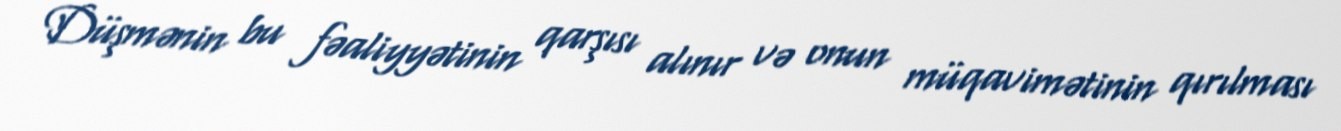
Düşmənin bu fəaliyyətinin qarşısı alınır və onun müqavimətinin qırılması